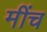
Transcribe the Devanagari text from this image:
मींच